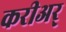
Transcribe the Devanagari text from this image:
करीअर्